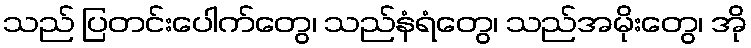
သည် ပြတင်းပေါက်တွေ၊ သည်နံရံတွေ၊ သည်အမိုးတွေ၊ အို